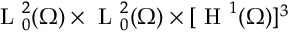
\mathrm { ~ L ~ } _ { 0 } ^ { 2 } ( \Omega ) \times \mathrm { ~ L ~ } _ { 0 } ^ { 2 } ( \Omega ) \times [ \mathrm { ~ H ~ } ^ { 1 } ( \Omega ) ] ^ { 3 }